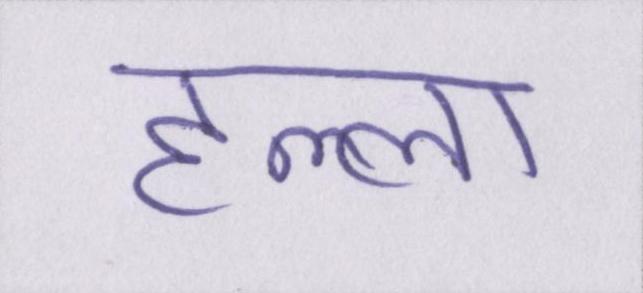
हल्ला